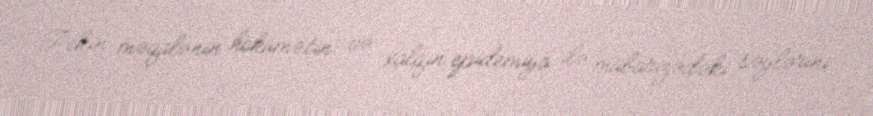
Pekin məqalənin hökumətin və xalqın epidemiya ilə mübarizədəki səylərini